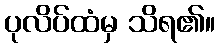
ပုလိပ်ထံမှ သိရ၏။